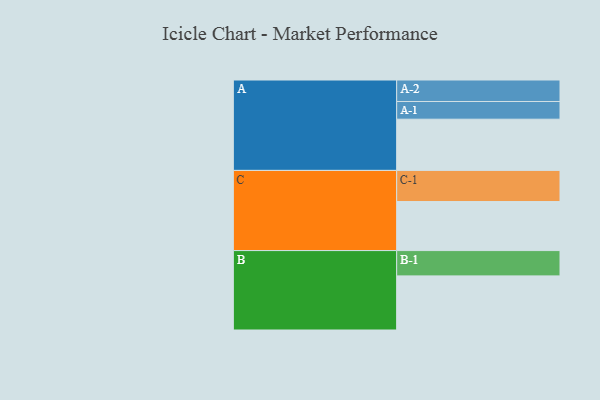
{"axis": {"x": "Segment", "y": "Value"}, "legend": ["", "A", "B", "C"], "data": [{"x": "A", "y": 405, "type": ""}, {"x": "B", "y": 428, "type": ""}, {"x": "C", "y": 388, "type": ""}, {"x": "A-1", "y": 140, "type": "A"}, {"x": "A-2", "y": 170, "type": "A"}, {"x": "B-1", "y": 200, "type": "B"}, {"x": "C-1", "y": 246, "type": "C"}]}